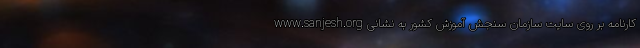
کارنامه بر روی سایت سازمان سنجش آموزش کشور به نشانی www.sanjesh.org